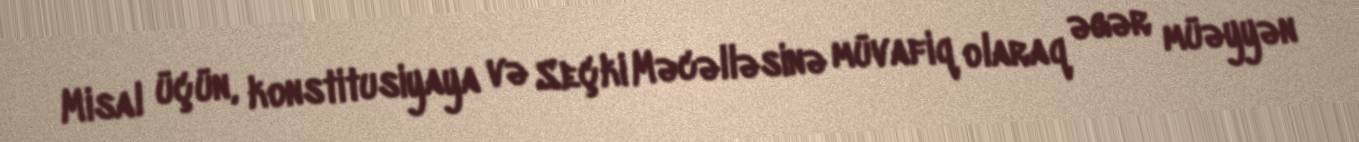
Misal üçün, konstitusiyaya və Seçki Məcəlləsinə müvafiq olaraq əgər müəyyən